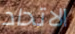
الاتحاد